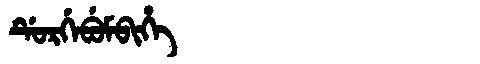
Manchu: ᡩᡠᡵᡤᡝᠪᡠᠮᠪᡳᡥᡝ
Romanization: DURGEBUMBIHE